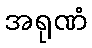
အရုဏံ